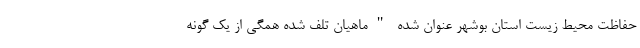
حفاظت محیط زیست استان بوشهر عنوان شده "ماهیان تلف شده همگی از یک گونه